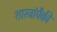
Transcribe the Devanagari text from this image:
शास्त्रांपैकी